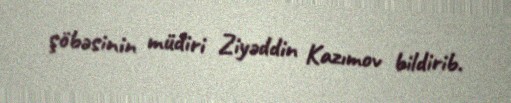
şöbəsinin müdiri Ziyəddin Kazımov bildirib.